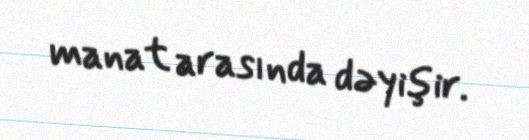
manat arasında dəyişir.